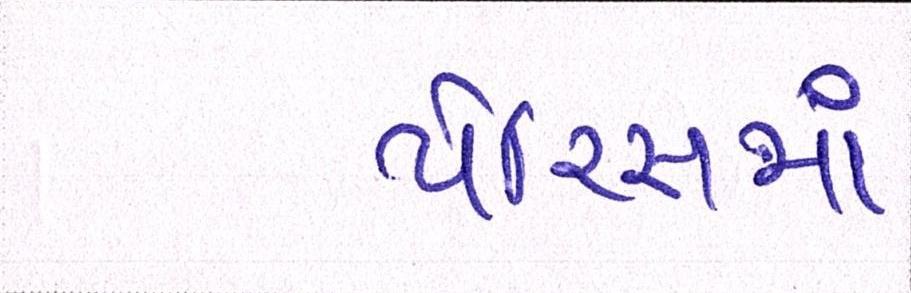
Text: પેરિસમાં